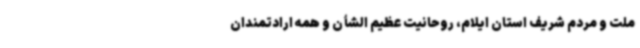
ملت و مردم شریف استان ایلام، روحانیت عظیم الشأن و همه‌ ارادتمندان